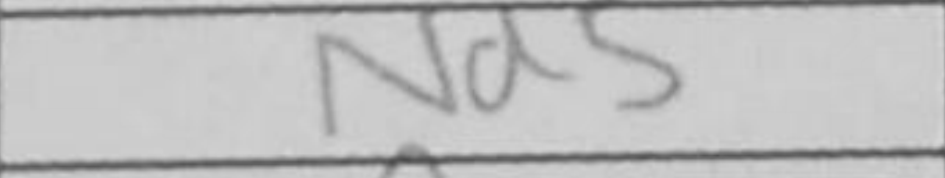
Transcription: Nd5